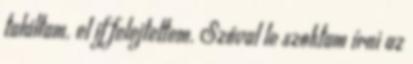
találtam. el if felejtettem. Szóval le szoktam írni az